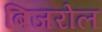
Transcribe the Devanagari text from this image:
बिजरोल